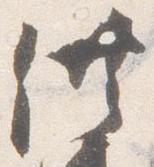
供